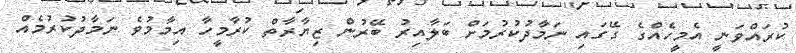
ކުރައްވަނީ އެމީހެއްގެ ގޭގައި ނަމާދުކުރުމަށް ބަލާއިރު ބޭރުން ޒިޔާރާތް ކުރާމީހާ އިމާމުވެ ނަމާދުކުރުމެއް